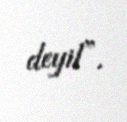
deyil”.